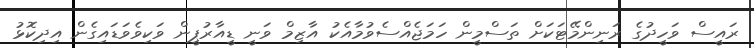
ރައީސް ވަހީދުގެ ރަނިންމޭޓަކަށް ތަސްމީން ހަމަޖެއްސެވުމާއެކު އާޒިމް ވަނީ ޑީއާރުޕީން ވަކިވެވަޑައިގެން އިދިކޮޅު